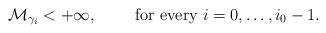
LaTeX: \begin{align*}\mathcal{M}_{\gamma_i}<+\infty,\qquad\mbox{ for every }i=0,\dots,i_0-1.\end{align*}